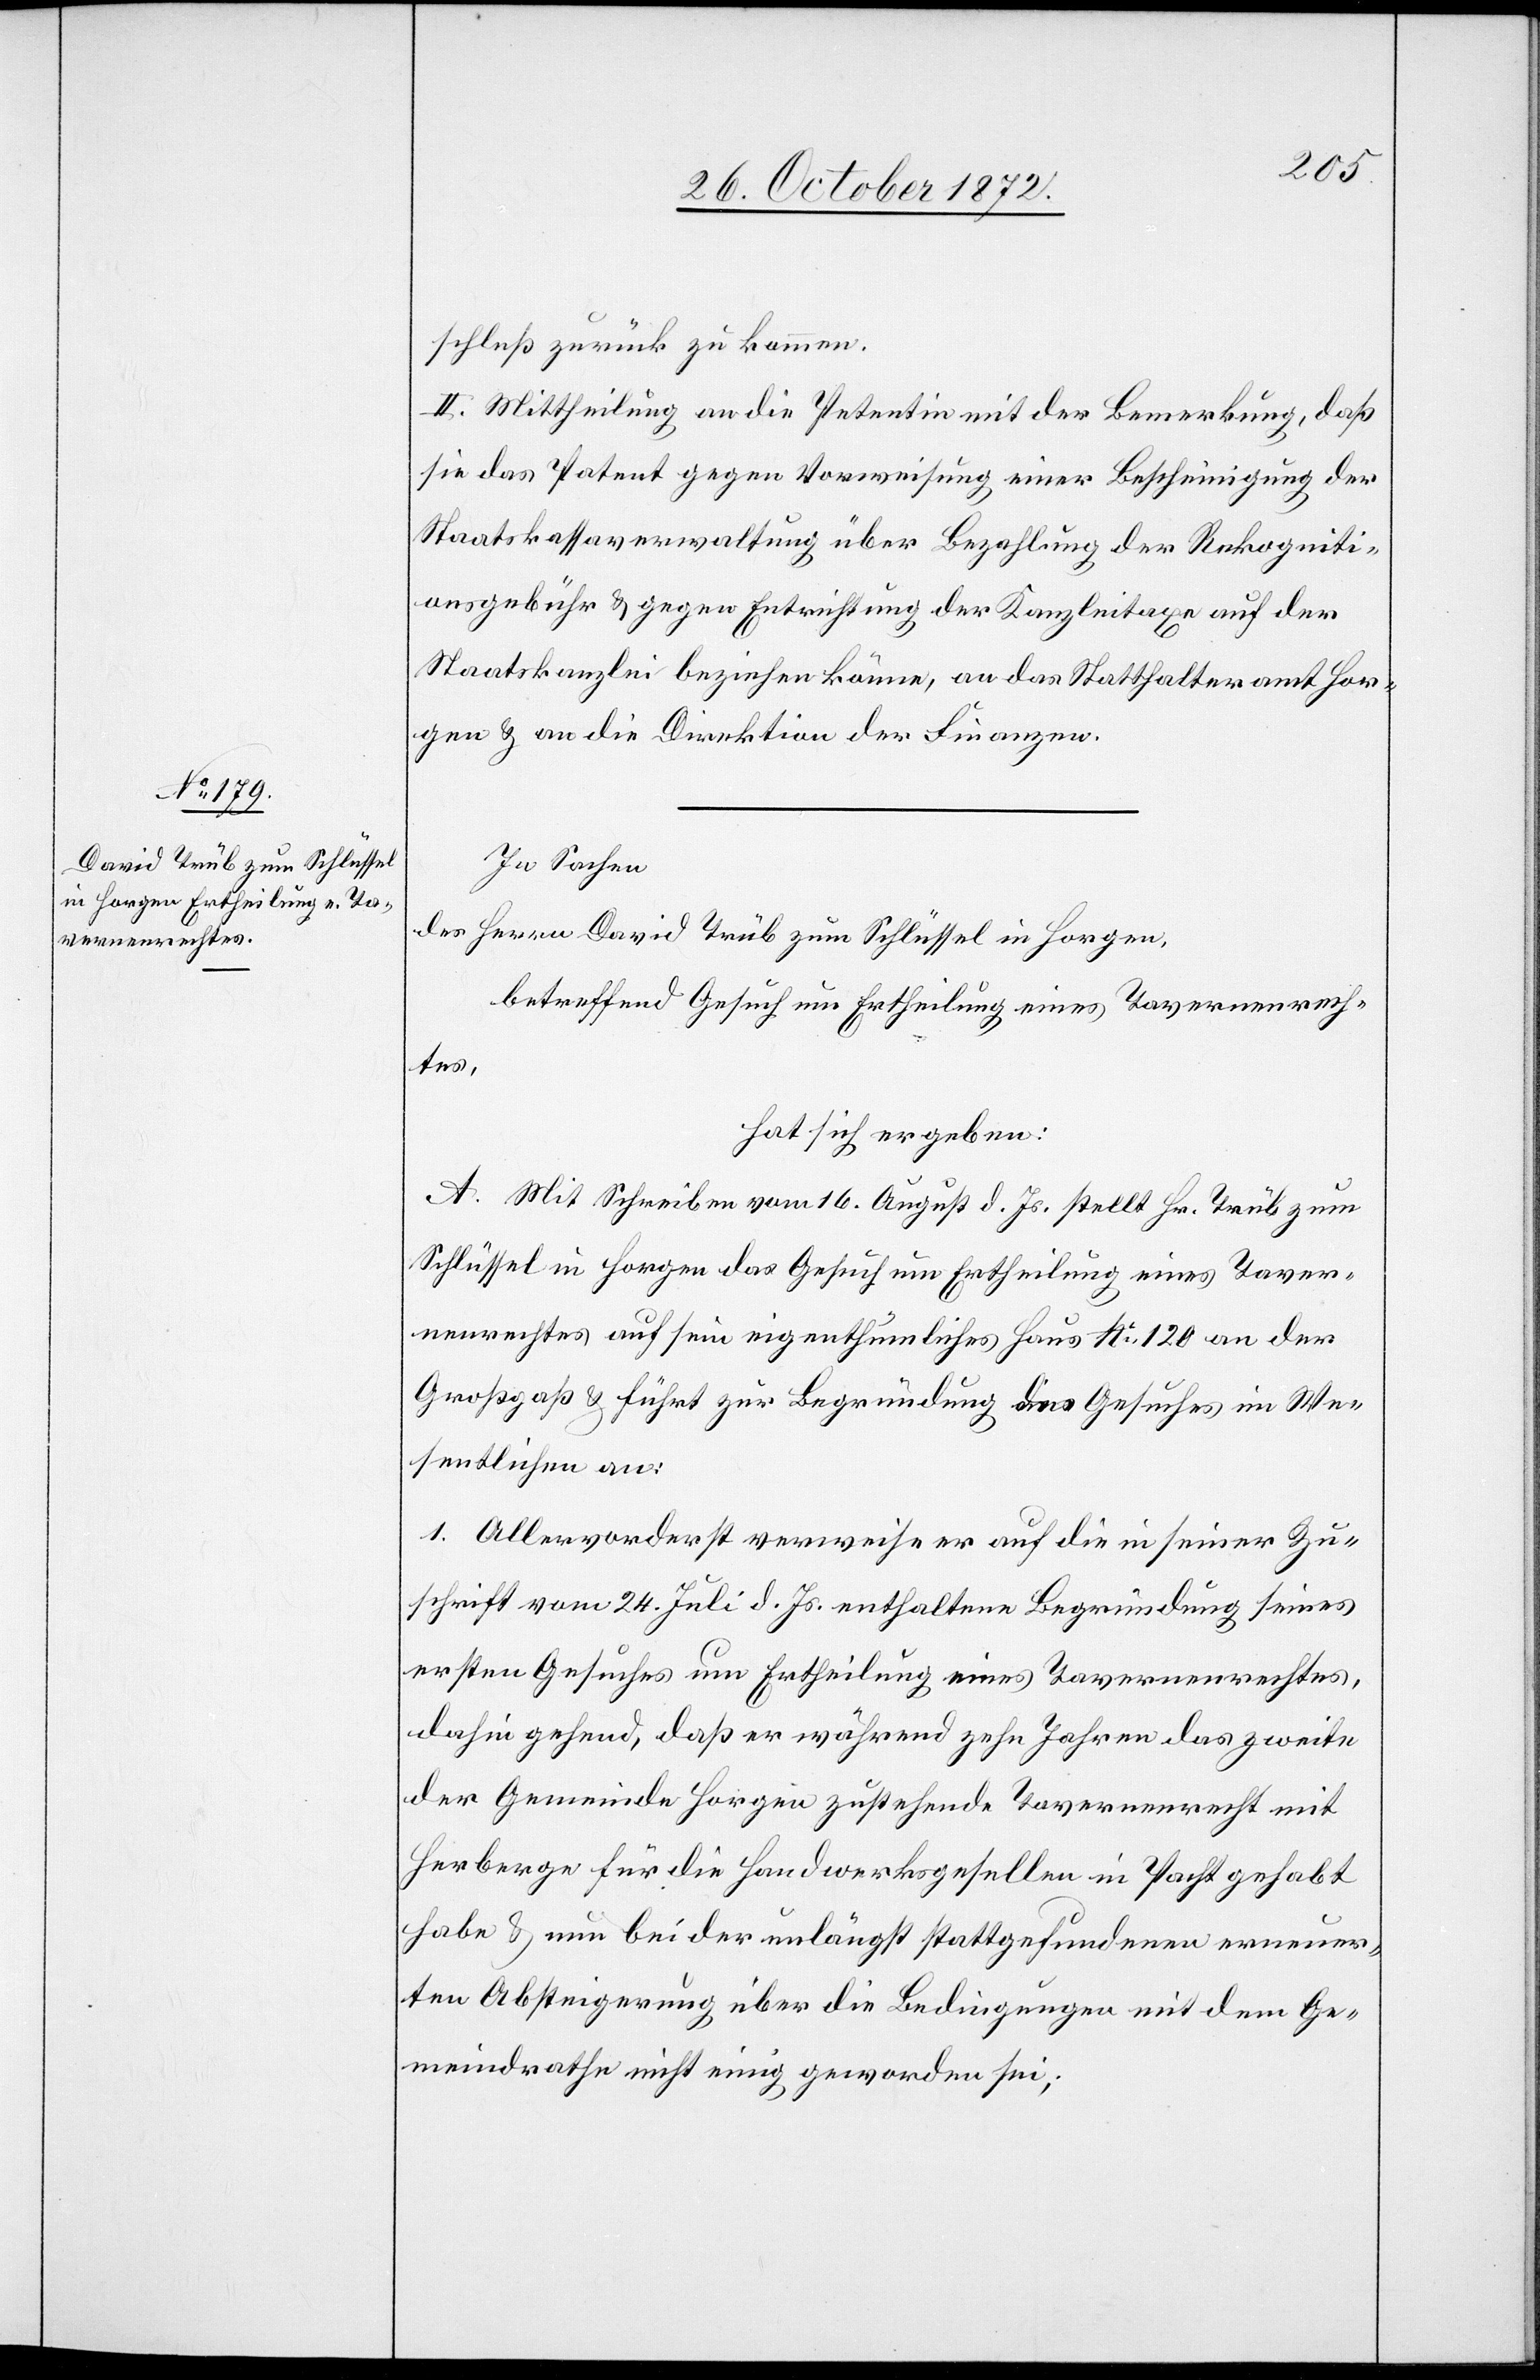
schluß zurück zu kommen.
II. Mittheilung an die Petentin mit der Bemerkung, daß
sie das Patent gegen Vorweisung einer Bescheinigung der
Staatskassaverwaltung über Bezahlung der Rekogniti¬
onsgebühr u. gegen Entrichtung der Kanzleitaxe auf der
Staatskanzlei beziehen könne, an das Statthalteramt Hor¬
gen u. an die Direktion der Finanzen.
In Sachen
des Herrn David Trüb zum Schlüssel in Horgen,
betreffend Gesuch um Ertheilung eines Tavernenrech¬
tes,
hat sich ergeben:
A. Mit Schreiben vom 16. August d. Js. stellt Hr. Trüb zum
Schlüssel in Horgen das Gesuch um Ertheilung eines Taver¬
nenrechtes auf sein eigenthümliches Haus No 120 an der
Großgaß u. führt zur Begründung des Gesuches im We¬
sentlichen an:
1. Allervorderst verweise er auf die in seiner Zu¬
schrift vom 24. Juli d. Js. enthaltene Begründung seines
ersten Gesuches um Ertheilung eines Tavernenrechtes,
dahin gehend, daß er während zehn Jahren das zweite
der Gemeinde Horgen zustehende Tavernenrecht mit
Herberge für die Handwerksgesellen in Pacht gehabt
habe u. nun bei der unlängst stattgefundenen erneuer¬
ten Absteigerung über die Bedingungen mit dem Ge¬
meindrathe nicht einig geworden sei;